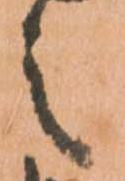
之